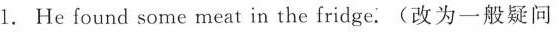
1. He found some meat in the fridge.(改为一般疑问